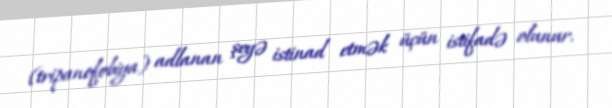
(tripanofobiya) adlanan şeyə istinad etmək üçün istifadə olunur.